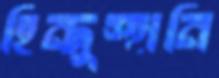
হিন্দুস্হানি